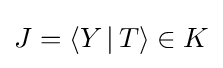
J=\langle Y\,|\,T\rangle \in K